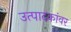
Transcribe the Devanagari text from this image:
उत्पादकांवर